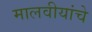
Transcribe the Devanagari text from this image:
मालवीयांचे